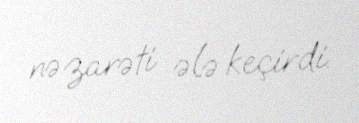
nəzarəti ələ keçirdi.